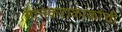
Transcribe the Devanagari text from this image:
मानकराकाकांची